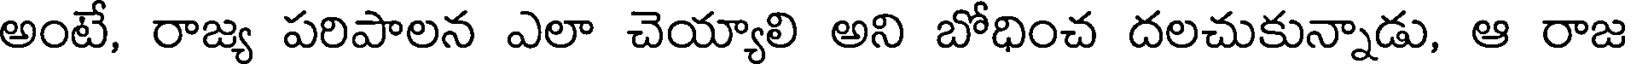
అంటే, రాజ్య పరిపాలన ఎలా చెయ్యాలి అని బోధించ దలచుకున్నాడు, ఆ రాజ